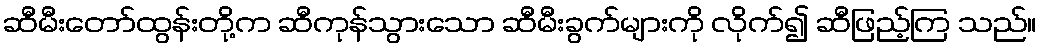
ဆီမီးတော်ထွန်းတို့က ဆီကုန်သွားသော ဆီမီးခွက်များကို လိုက်၍ ဆီဖြည့်ကြ သည်။